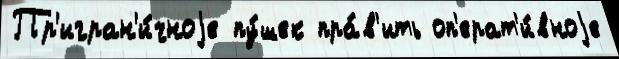
Пр'игран'и́чноjе пу́шек пра́в'ить оп'ерат'и́вноjе